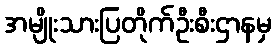
အမျိုးသားပြတိုက်ဦးစီးဌာနမှ